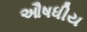
ઔષધીય